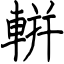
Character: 輧